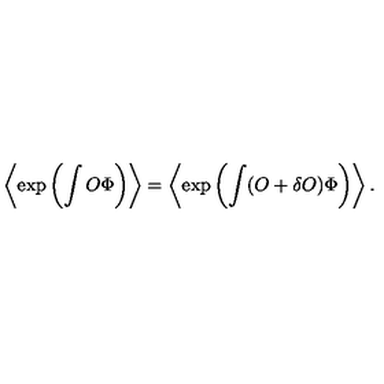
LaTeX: \left\langle \exp \left( \int O \Phi \right) \right\rangle = \left\langle \exp \left( \int ( O + \delta O ) \Phi \right) \right\rangle .